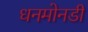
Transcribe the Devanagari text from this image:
धनमोनडी